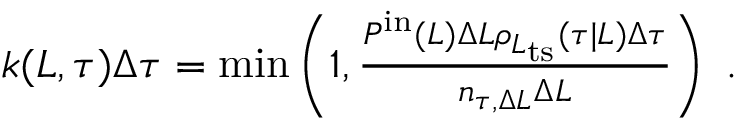
\begin{array} { r } { k ( L , \tau ) \Delta \tau = \operatorname* { m i n } \left( 1 , \frac { P ^ { \mathrm { i n } } ( L ) \Delta L \rho _ { L _ { \mathrm { t s } } } ( \tau | L ) \Delta \tau } { n _ { \tau , \Delta L } \Delta L } \right) \ . } \end{array}